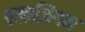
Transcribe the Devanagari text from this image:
एलाज़ियम